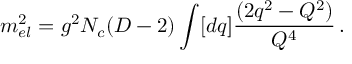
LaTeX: m _ { e l } ^ { 2 } = g ^ { 2 } N _ { c } ( D - 2 ) \int [ d q ] { \frac { ( 2 q ^ { 2 } - Q ^ { 2 } ) } { Q ^ { 4 } } } \, .